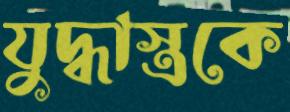
যুদ্ধাস্ত্রকে